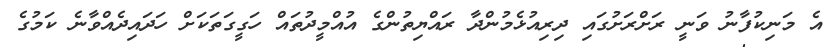
އެ މަނިކުފާނު ވަނީ ރަށްރަށުގައި ދިރިއުޅެމުންދާ ރައްޔިތުންގެ އުއްމީދުތައް ހަގީގަތަކަށް ހަދައިދެއްވާނެ ކަމުގެ